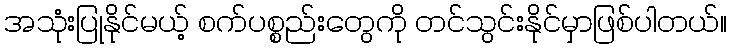
အသုံးပြုနိုင်မယ့် စက်ပစ္စည်းတွေကို တင်သွင်းနိုင်မှာဖြစ်ပါတယ်။